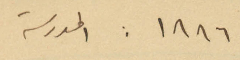
١٨٨٦: المدرسة